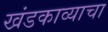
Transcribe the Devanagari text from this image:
खंडकाव्याचा